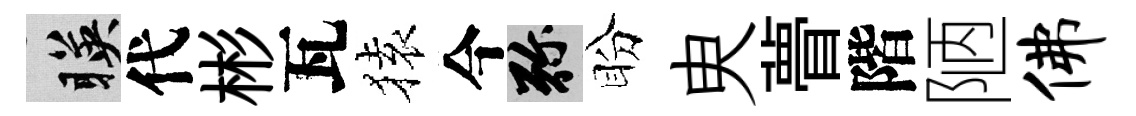
暎代彬瓦𫞤今弥盼㬰瞢階陋佛